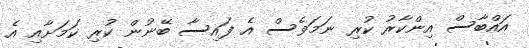
އައްބާސް އިންކާރު ކުރި ނަމަވެސް އެ ފައިސާ ބޭނުން ކުރި ކަމަށާއި އެ